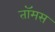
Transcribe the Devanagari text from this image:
तॉमस